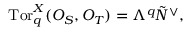
\mathrm { T o r } _ { q } ^ { X } ( { \cal O } _ { S } , { \cal O } _ { T } ) = \Lambda ^ { q } \tilde { N } ^ { \vee } ,